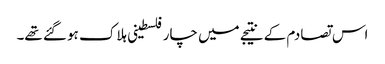
اس تصادم کے نتیجے میں چار فلسطینی ہلاک ہو گئے تھے۔